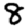
Digit: 8